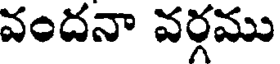
వందనా వర్గము